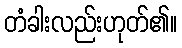
တံခါးလည်းဟုတ်၏။